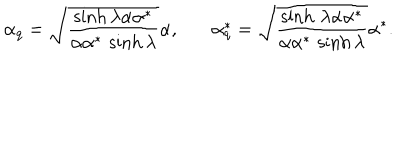
LaTeX: \alpha _ { q } = \sqrt { \frac { \sinh \lambda \alpha \alpha ^ { * } } { \alpha \alpha ^ { * } \, \sinh \lambda } } \alpha , ~ \alpha _ { q } ^ { * } = \sqrt { \frac { \sinh \, \lambda \alpha \alpha ^ { * } } { \alpha \alpha ^ { * } \, \sinh \lambda } } \alpha ^ { * } .